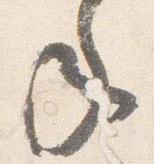
年